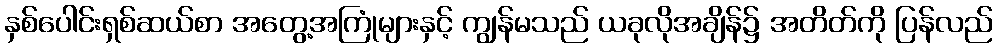
နှစ်ပေါင်းရှစ်ဆယ်စာ အတွေ့အကြုံများနှင့် ကျွန်မသည် ယခုလိုအချိန်၌ အတိတ်ကို ပြန်လည်